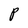
Character: P